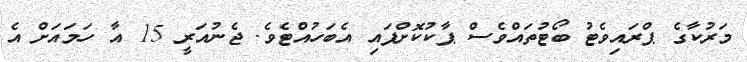
މަރުކާގެ ޕްރައިވެޓު ބޯޓުތައްވެސް ޕާކުކޮށްފައި އެބަހުއްޓެވެ. ޖެނުއަރީ 15 އާ ހަމައަށް އެ